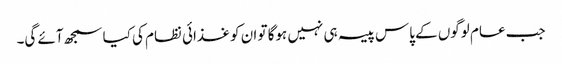
جب عام لوگوں کے پاس پیسہ ہی نہیں ہوگا تو ان کو غذائی نظام کی کیا سمجھ آئے گی۔